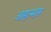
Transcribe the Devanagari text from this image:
अहत्मल